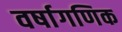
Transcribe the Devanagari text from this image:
वर्षागणिक